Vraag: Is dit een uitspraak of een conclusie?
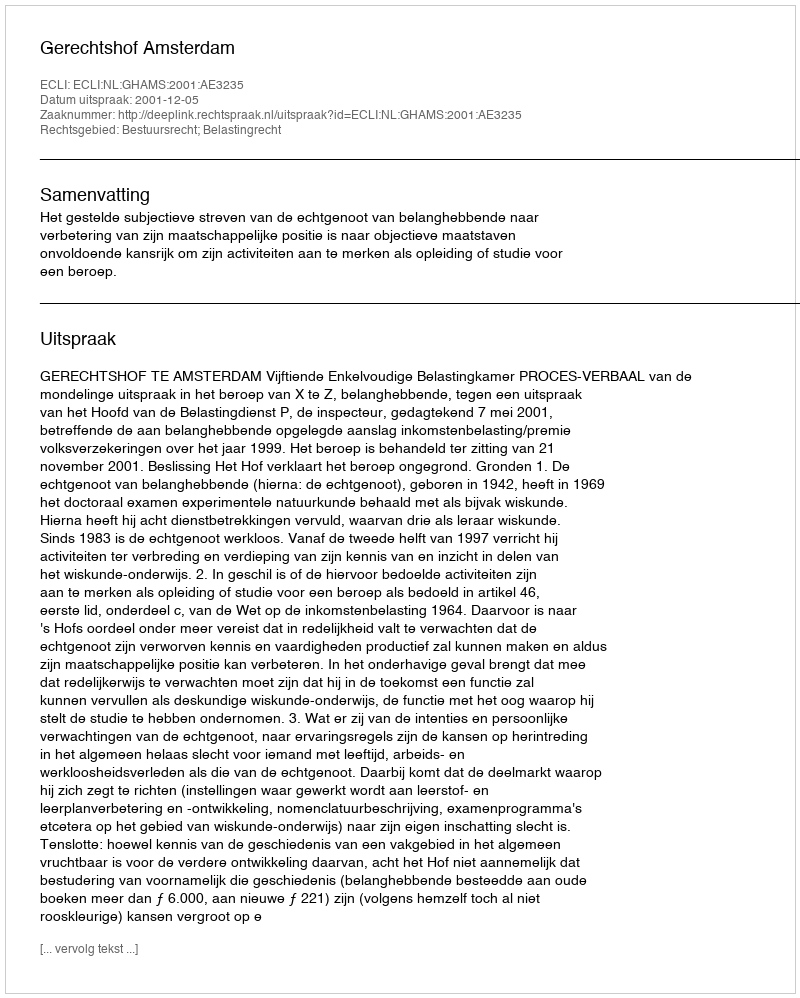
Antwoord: Uitspraak